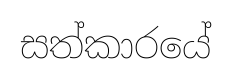
සත්කාරයේ